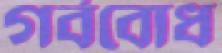
গর্ববোধ